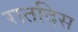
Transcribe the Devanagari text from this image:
रातदिस